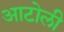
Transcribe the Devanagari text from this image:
आटोली